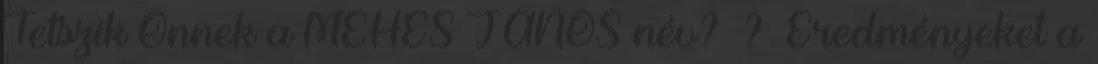
Tetszik Önnek a MÉHES JÁNOS név? ? Eredményeket a